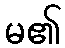
မ၏